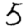
Digit: 5